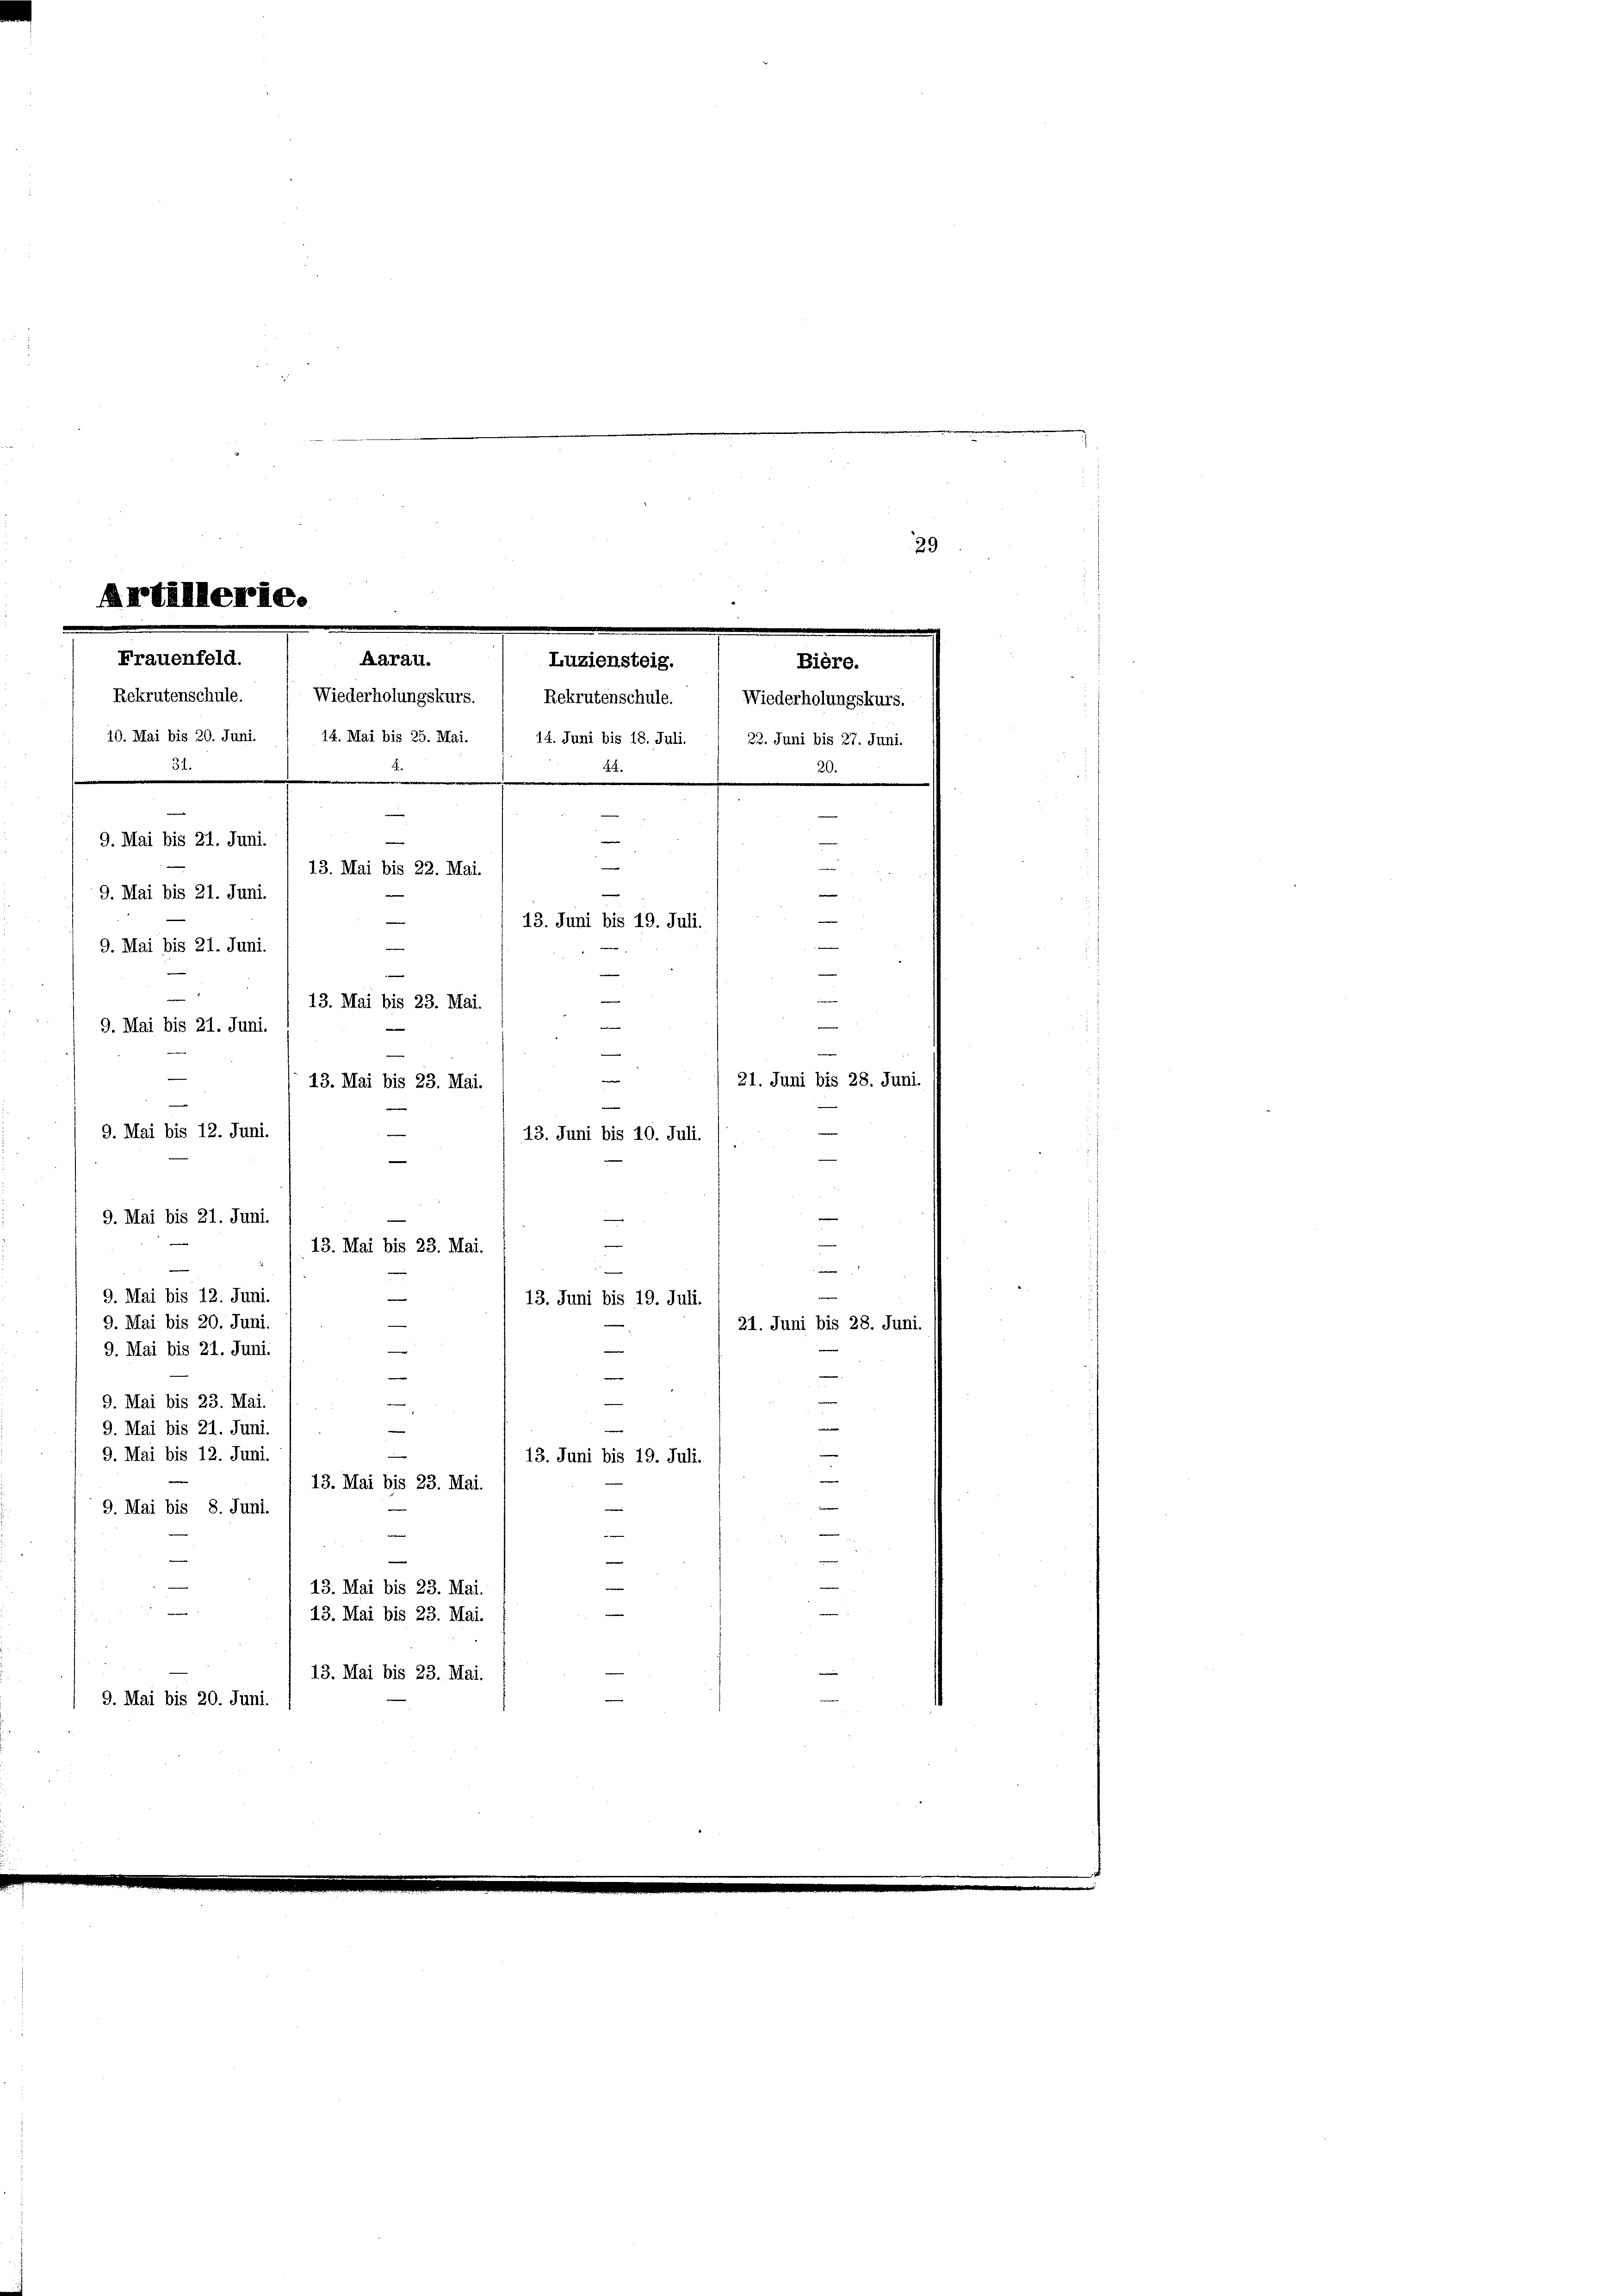
Artilllerie.
Frauenfeld.
Aarau.
Luziensteig.
Rekrutenschule. ( Wiederholungskurs. Rekrutenschule.  Wiederholungskurs.
10. Mai bis 20. Juni. / 14. Mai bis 25. Mai. / 14. Juni bis 18. Juli. / 22. Juni bis 27. Juni.
44.
1
n
u
9. Mai bis 21. Juni.

29
.
Bière.
A
13. Mai bis 22. Mai.
s
9. Mai bis 21. Juni.
13. Juni bis 19. Juli.
e
9. Mai bis 21. Juni.
u
13. Mai bis 23. Mai.
9. Mai bis 21. Juni.
21. Juni bis 28. Juni.
13. Mai bis 23. Mai.

9. Mai bis 12. Juni.
—
9. Mai bis 21. Juni.
9. Mai bis 12. Juni.
—
e
9. Mai bis 20. Juni.
9. Mai bis 21. Juni.
e
e
Be
e
w
9. Mai bis 23. Mai
9. Mai bis 21. Juni.
2
9. Mai bis 12. Juni.
13. Juni bis 19. Juli.
13. Mai bis 23. Mai.
9. Mai bis 8. Juni.
n
13. Mai bis 23. Mai.
13. Mai bis 23. Mai.
13. Mai bis 23. Mai.
9. Mai bis 20. Juni.

13. Juni bis 10. Juli.
i
13. Mai bis 23. Mai.
2
13. Juni bis 19. Juli.
21. Juni bis 28. Juni.
e